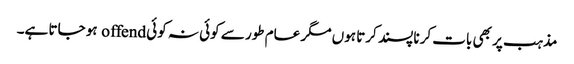
مذہب پر بھی بات کرنا پسند کرتا ہوں مگر عام طور سے کوئی نہ کوئی offend ہو جاتا ہے۔